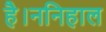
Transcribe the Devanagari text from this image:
है।ननिहाल